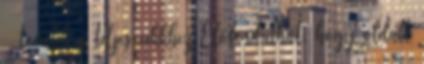
tovább a teljes cikkhez Előfordulhat, hogy oldalt